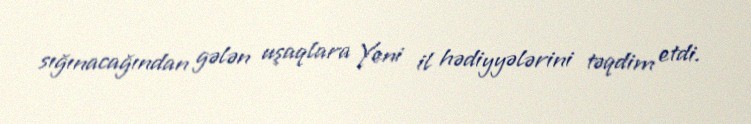
sığınacağından gələn uşaqlara Yeni il hədiyyələrini təqdim etdi.